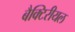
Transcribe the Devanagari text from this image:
बैक्टिरीयल